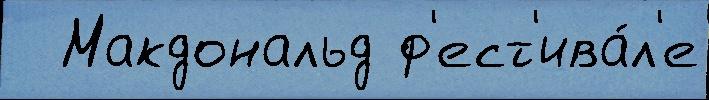
  Макдональд ф'ест'ива́л'е